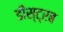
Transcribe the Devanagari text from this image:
डीस्ट्रब